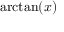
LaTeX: \arctan ( x )